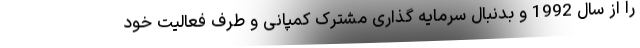
را از سال 1992 و بدنبال سرمایه گذاری مشترک کمپانی و طرف فعالیت خود